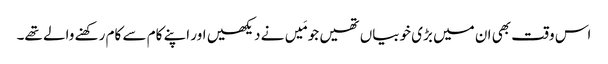
اس وقت بھی ان میں بڑی خوبیاں تھیں جو مَیں نے دیکھیں اور اپنے کام سے کام رکھنے والے تھے۔